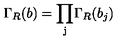
\Gamma _ { R } ( b ) = \mathrm { \prod _ j } \Gamma _ { R } ( b _ { j } )